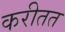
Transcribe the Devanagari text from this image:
करीतत